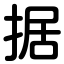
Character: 据